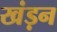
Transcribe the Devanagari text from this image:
खंड़न